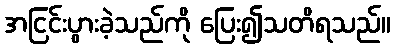
အငြင်းပွားခဲ့သည်ကို ပြေး၍သတိရသည်။